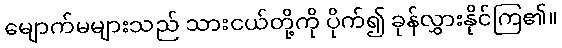
မျောက်မများသည် သားငယ်တို့ကို ပိုက်၍ ခုန်လွှားနိုင်ကြ၏။